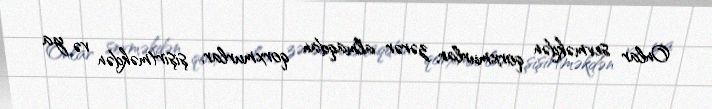
Onlar sevməkdən qorxmurlar, zərər almaqdan qorxmurlar, şişirtməkdən və ya